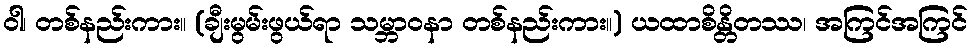
ဝါ၊ တစ်နည်းကား။ (ချီးမွမ်းဖွယ်ရာ သမ္ဘာဝနာ တစ်နည်းကား။) ယထာစိန္တိတဿ၊ အကြင်အကြင်